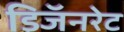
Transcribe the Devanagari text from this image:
डिजॅनरेट